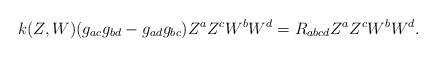
LaTeX: \begin{align*}k(Z,W)(g_{ac}g_{bd}-g_{ad}g_{bc})Z^{a}Z^{c}W^{b}W^{d}=R_{abcd}Z^{a}Z^{c}W^{b}W^{d}.\end{align*}